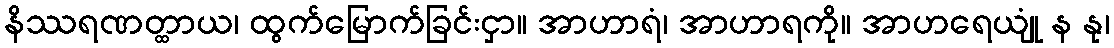
နိဿရဏတ္ထာယ၊ ထွက်မြောက်ခြင်းငှာ။ အာဟာရံ၊ အာဟာရကို။ အာဟရေယျုံ န နု၊